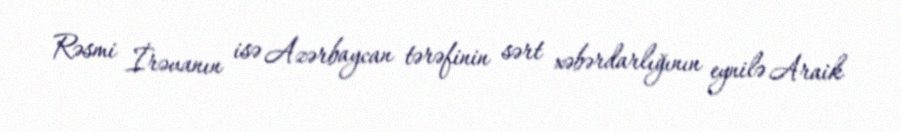
Rəsmi İrəvanın isə Azərbaycan tərəfinin sərt xəbərdarlığının eynilə Araik